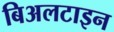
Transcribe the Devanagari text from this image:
बिअलटाइन